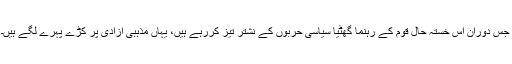
جس دوران اس خستہ حال قوم کے رہنما گھٹیا سیاسی حربوں کے نشتر تیز کررہے ہیں، یہاں مذہبی آزادی پر کڑے پہرے لگے ہیں۔